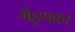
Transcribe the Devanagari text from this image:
मेहूणकर